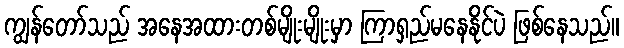
ကျွန်တော်သည် အနေအထားတစ်မျိုးမျိုးမှာ ကြာရှည်မနေနိုင်ပဲ ဖြစ်နေသည်။